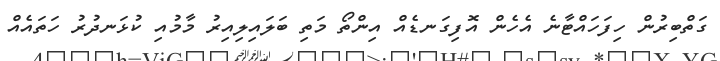
ގަތްބިރުން ހިފަހައްޓާނެ އެހެން އޮފިގަނޑެއް އިންތޯ މަތި ބަލައިލިއިރު މާމުއި ކުޅަނދުރު ހަތައެއް